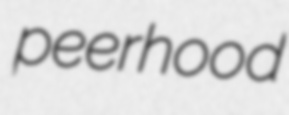
peerhood